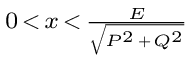
\scriptstyle 0 \, < \, x \, < \, { \frac { E } { \sqrt { P ^ { 2 } \, + \, Q ^ { 2 } } } }